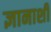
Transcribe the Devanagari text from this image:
ज्ञानाशी